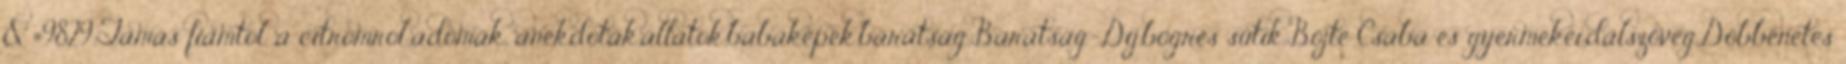
&#9829;Tamás fiamtól ,a citromról.,adomák, anekdoták,állatok,babaképek,barátság,Barátság-Díj,bögrés sütik,Böjte Csaba és gyermekei,dalszöveg,Döbbenetes